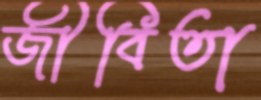
জীবিতা